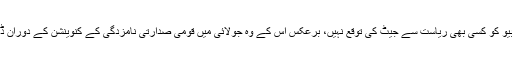
منگل کے روز ہونے والی ووٹنگ میں، روبیو کو کسی بھی ریاست سے جیٹ کی توقع نہیں، برعکس اس کے وہ جولائی میں قومی صدارتی نامزدگی کے کنوینشن کے دوران ڈیلیگیٹس کی حمایت پر تکیہ کیے ہوئے ہیں۔